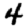
Digit: 4